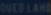
the-law